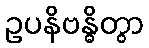
ဥပနိဗန္ဓိတွာ